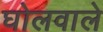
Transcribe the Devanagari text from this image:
घोलवाले